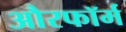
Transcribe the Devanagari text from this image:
औरफॉर्म